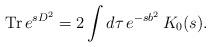
LaTeX: \begin{align*}\mbox{ Tr}\, e^{s D^2} = 2 \int d \tau \, e^{-s b^2} \,K_0(s).\end{align*}